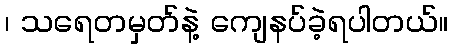
၊ သရေတမှတ်နဲ့ ကျေနပ်ခဲ့ရပါတယ်။